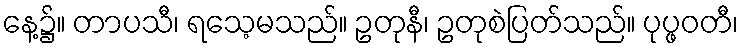
နေ့၌။ တာပသီ၊ ရသေ့မသည်။ ဥတုနီ၊ ဥတုစဲပြတ်သည်။ ပုပ္ဖဝတီ၊